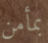
بمأمن